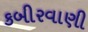
કબીરવાણી